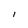
Character: I